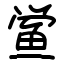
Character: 鲎